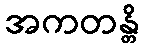
အကတန္တိ